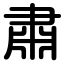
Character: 肅